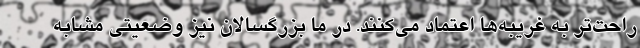
راحت‌تر به غریبه‌ها اعتماد می‌کنند. در ما بزرگسالان نیز وضعیتی مشابه